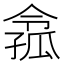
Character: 𡦈